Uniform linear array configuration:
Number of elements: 4
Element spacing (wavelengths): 0.5
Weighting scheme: blackman
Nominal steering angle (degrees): -45
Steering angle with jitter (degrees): -44.138
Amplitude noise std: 0.05
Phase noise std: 0.05

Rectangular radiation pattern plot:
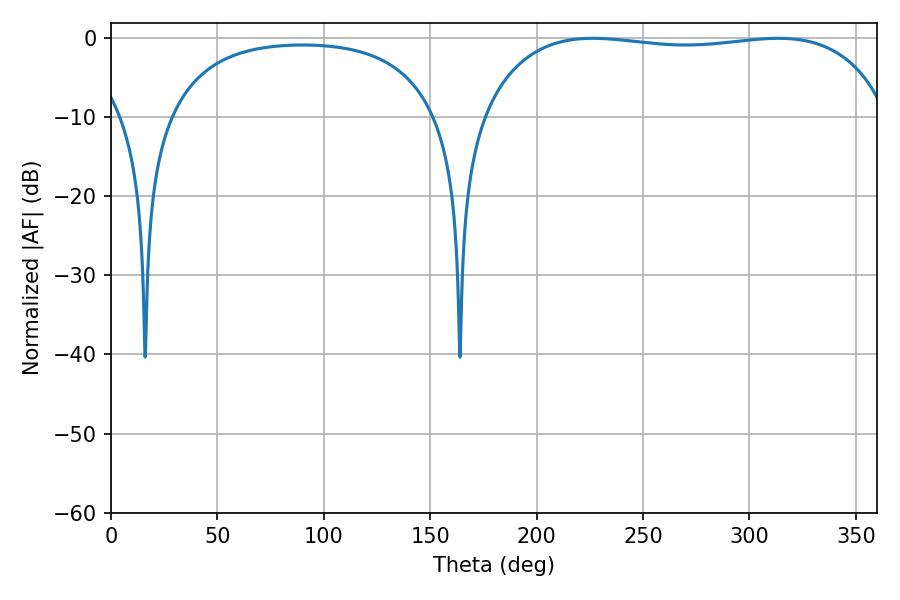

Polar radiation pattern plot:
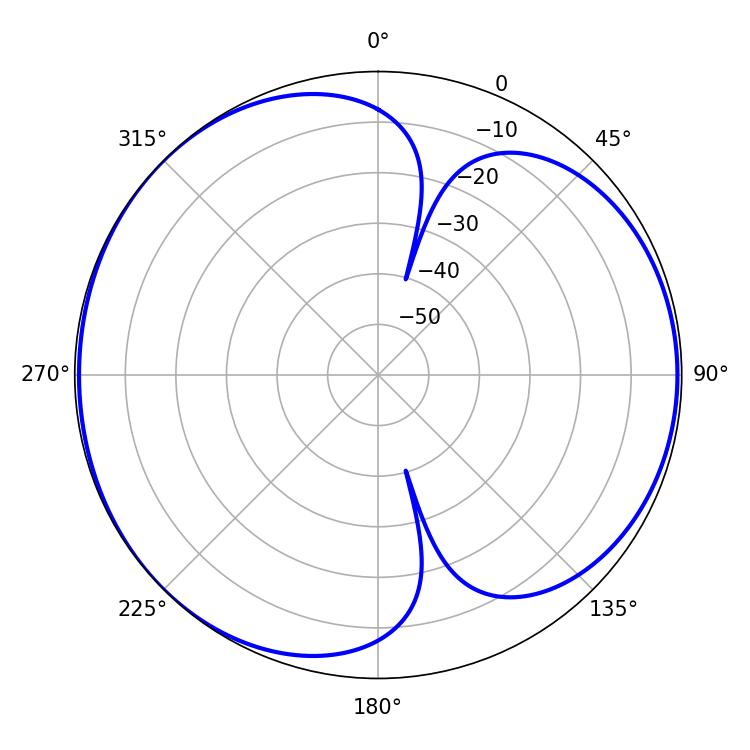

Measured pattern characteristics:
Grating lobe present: FALSE
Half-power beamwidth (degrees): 154.08
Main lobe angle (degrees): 226.26